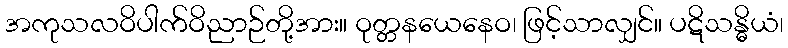
အကုသလဝိပါက်ဝိညာဉ်တို့အား။ ဝုတ္တနယေနေဝ၊ ဖြင့်သာလျှင်။ ပဋိသန္ဓိယံ၊